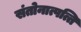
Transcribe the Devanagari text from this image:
संतोनात्पत्ति